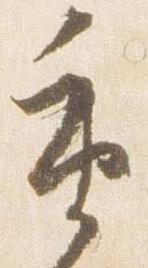
重